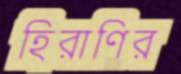
হিরাণির